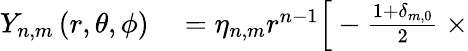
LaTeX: \begin{array}{rl}{Y_{n,m}\left(r,\theta,\phi\right)}&{{}=\eta_{n,m}r^{n-1}\Big[-\frac{1+\delta_{m,0}}{2}\ \times}\end{array}